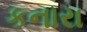
કનારા